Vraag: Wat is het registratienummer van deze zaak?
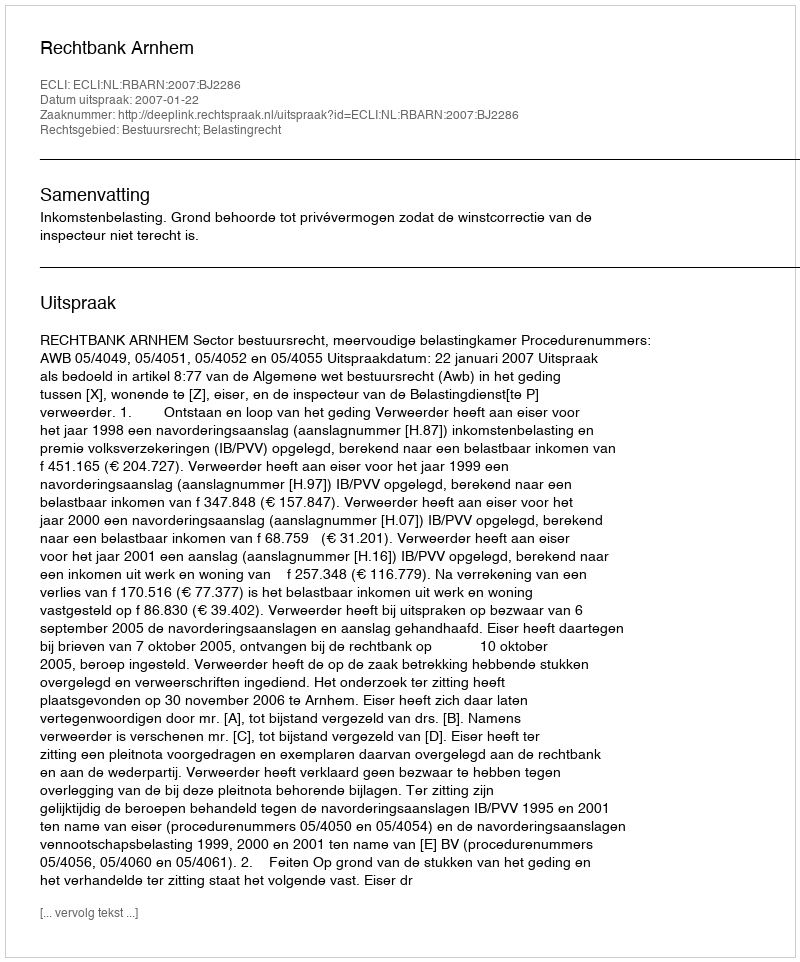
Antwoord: http://deeplink.rechtspraak.nl/uitspraak?id=ECLI:NL:RBARN:2007:BJ2286